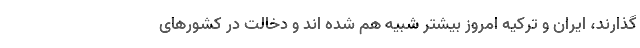
گذارند، ایران و ترکیه امروز بیشتر شبیه هم شده اند و دخالت در کشورهای